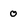
Character: 0